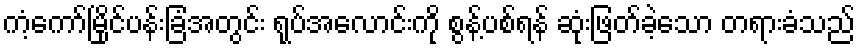
ကံ့ကော်မြိုင်ပန်းခြံအတွင်း ရုပ်အလောင်းကို စွန့်ပစ်ရန် ဆုံးဖြတ်ခဲ့သော တရားခံသည်